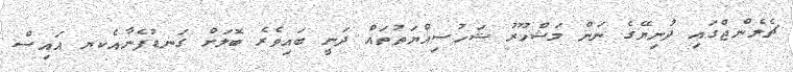
ޗެލެންޖްގައި ދުނިޔޭގެ ނަން މަޝްހޫރު ޝަހުސިއްޔަތުތައް ދަނީ ބައިވެރެ ބޮލަށް ގަނޑުފެނާއެކޔ އައިސް